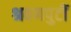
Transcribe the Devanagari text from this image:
श्रवणपुटीं